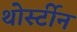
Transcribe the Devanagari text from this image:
थोर्स्टीन